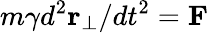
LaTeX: m\gamma d^{2}{\mathbf r}_{\perp}/dt^{2}={\mathbf F}